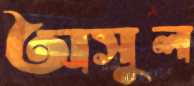
অসুল